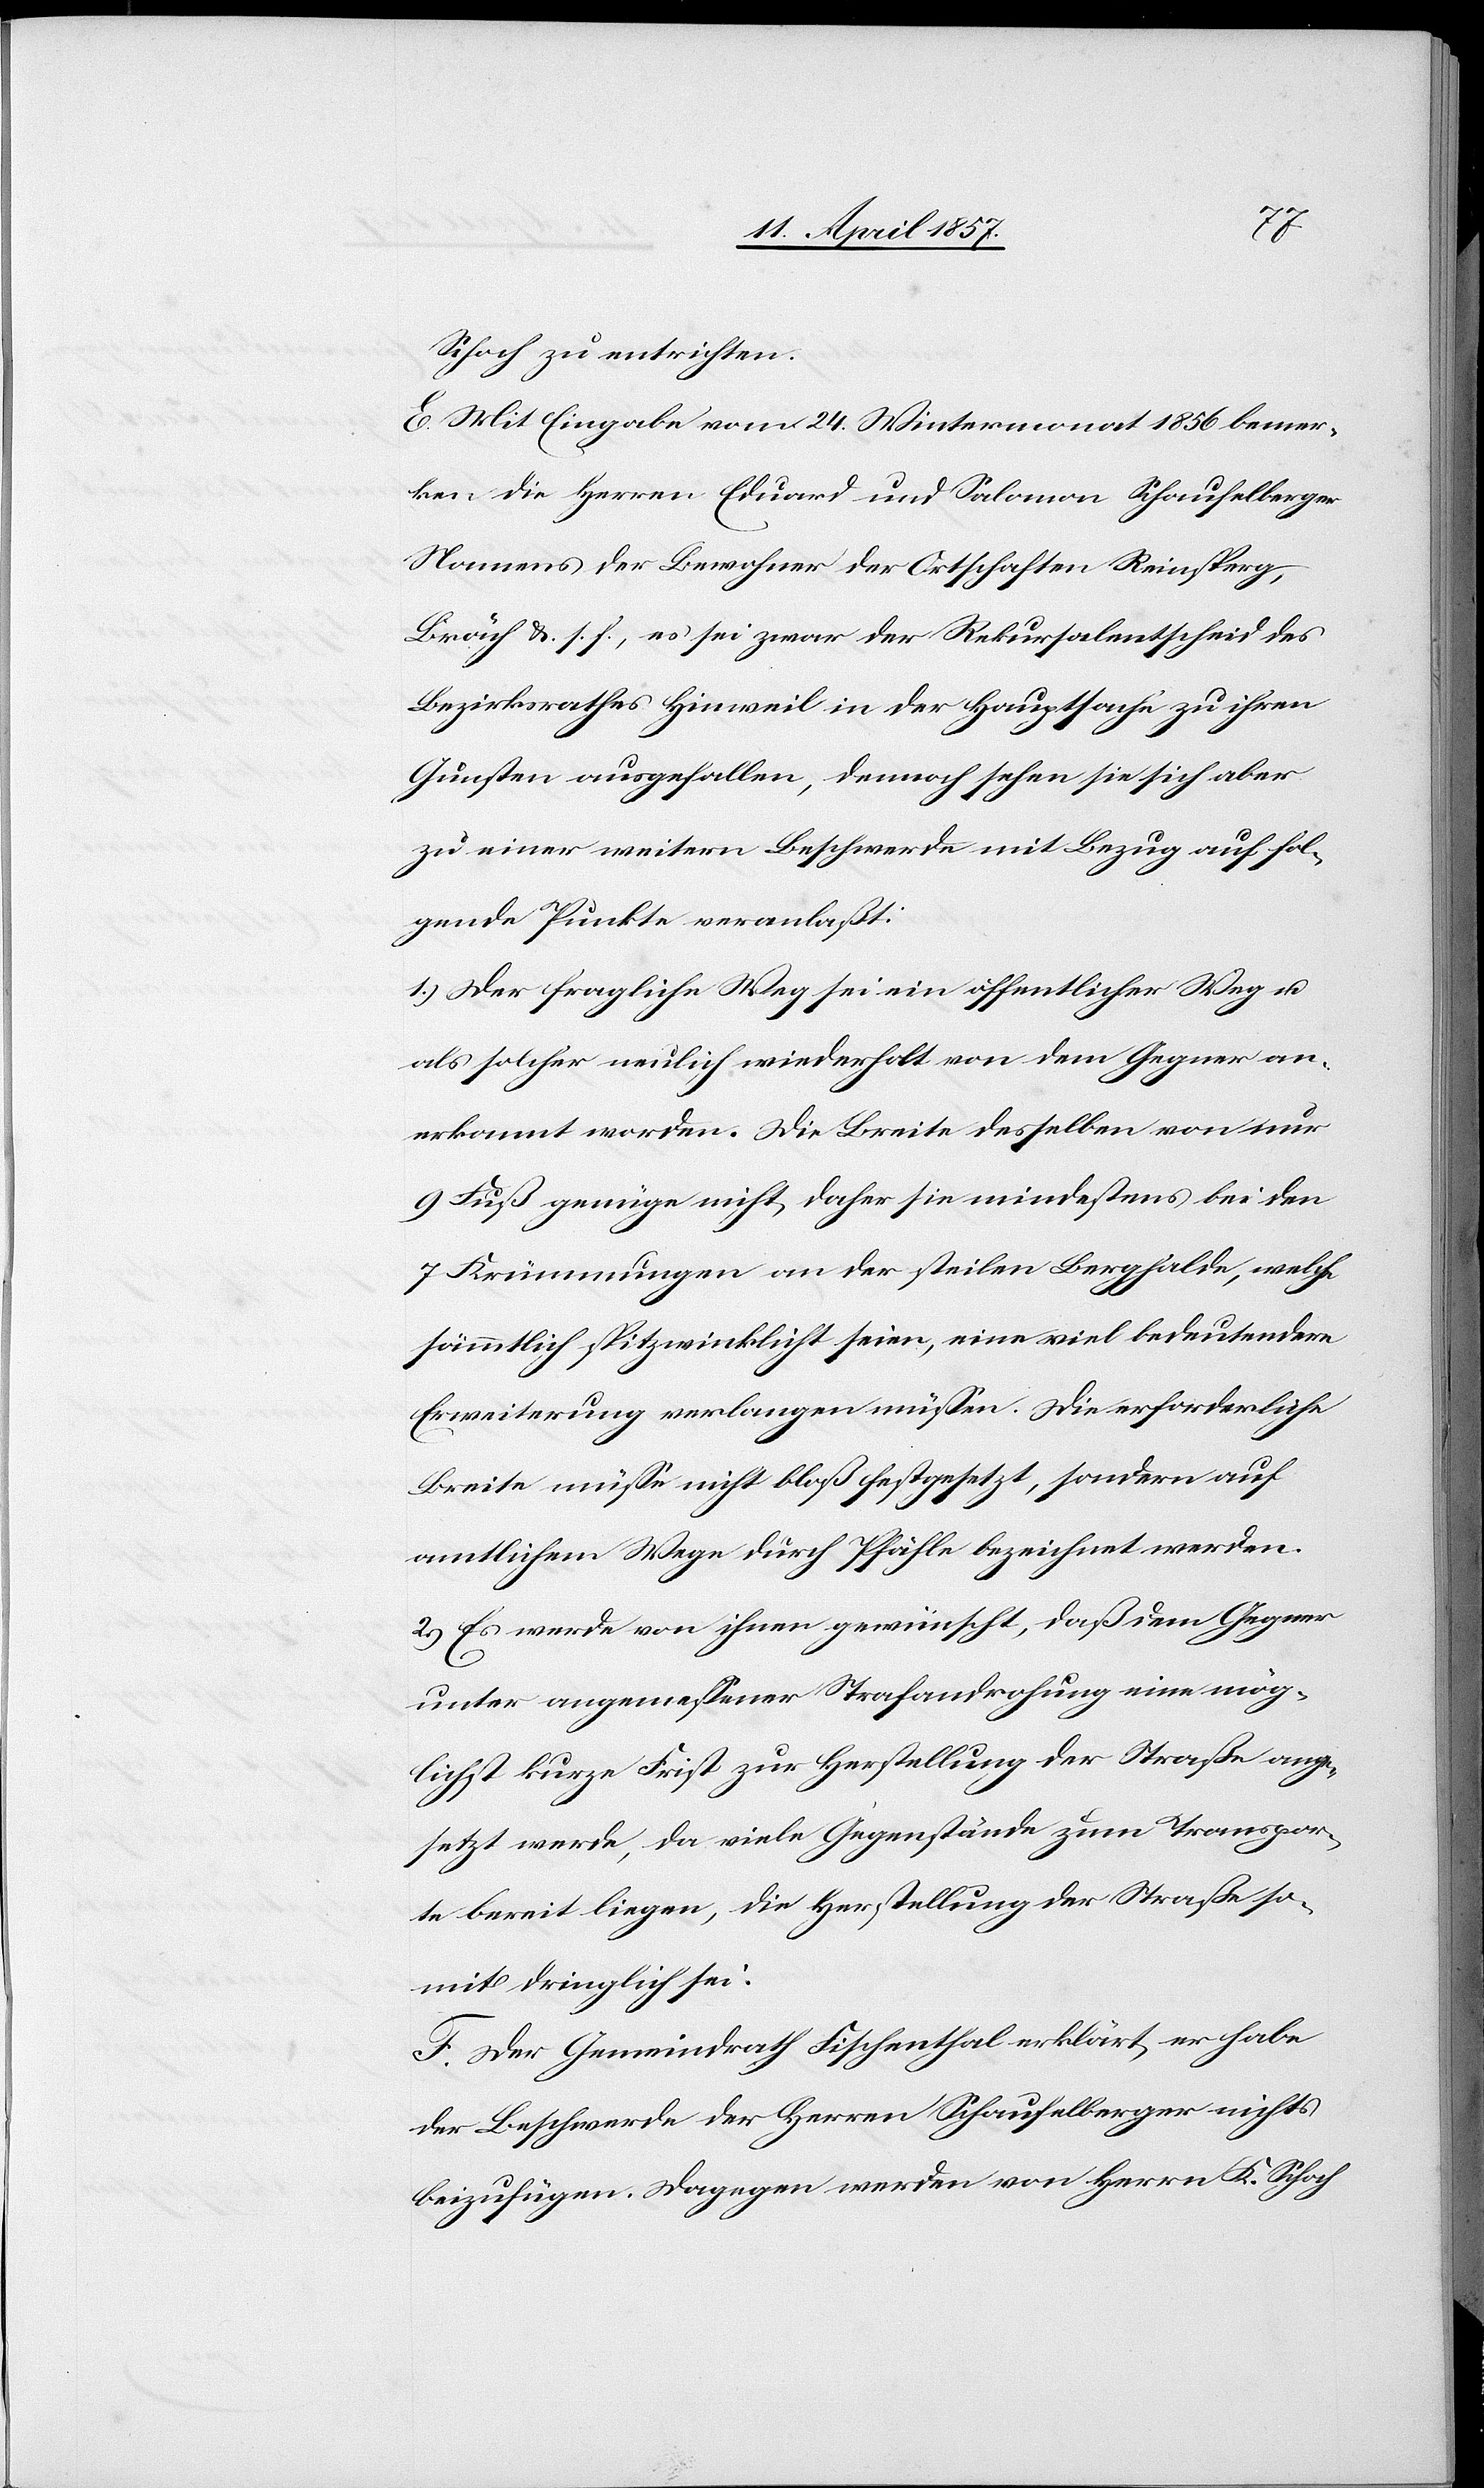
Schoch zu entrichten.
E. Mit Eingabe vom 24. Wintermonat 1856 bemer¬
ken die Herren Eduard und Salomon Schaufelberger
Namens der Bewohner der Ortschaften Reinsperg,
Bräch &. s. f., es sei zwar der Rekursalentscheid des
Bezirksrathes Hinweil in der Hauptsache zu ihren
Gunsten ausgefallen, dennoch sehen sie sich aber
zu einer weitern Beschwerde mit Bezug auf fol¬
gende Punkte veranlaßt:
1.) Der fragliche Weg sei ein öffentlicher Weg u.
als solcher neulich wiederholt von dem Gegner an¬
erkannt worden. Die Breite desselben von nur
9 Fuß genüge nicht, daher sie mindestens bei den
7 Krümmungen an der steilen Berghalde, welche
sämmtlich spitzwinklicht seien, eine viel bedeutendere
Erweiterung verlangen müssen. Die erforderliche
Breite müsse nicht bloß festgesetzt, sondern auf
amtlichem Wege durch Pfähle bezeichnet werden.
2.) Es werde von ihnen gewünscht, daß dem Gegner
unter angemessener Strafandrohung eine mög¬
lichst kurze Frist zur Herstellung der Straße ange¬
setzt werde, da viele Gegenstände zum Transpor¬
te bereit liegen, die Herstellung der Straße so¬
mit dringlich sei.
F. Der Gemeindrath Fischenthal erklärt, er habe
der Beschwerde der Herren Schaufelberger nichts
beizufügen. Dagegen werden von Herrn K. Schoch